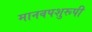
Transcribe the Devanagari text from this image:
मानवपशुरूपी